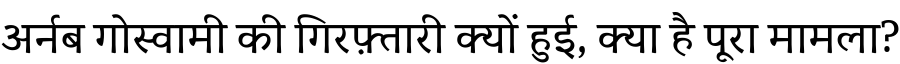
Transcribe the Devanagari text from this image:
अर्नब गोस्वामी की गिरफ़्तारी क्यों हुई, क्या है पूरा मामला?